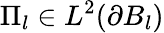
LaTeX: \Pi_{l}\in L^{2}(\partial B_{l})